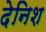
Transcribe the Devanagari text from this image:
देनिश